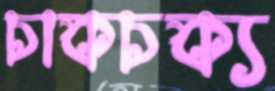
চাকচক্য